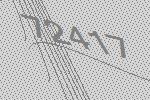
72417